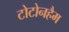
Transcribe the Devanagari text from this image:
टोटोनहैम